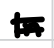
Text: In
Cross-out: double-line
Writing tool: digital_black